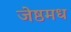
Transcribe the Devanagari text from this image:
जेष्ठमध